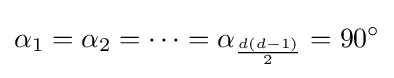
\alpha _{1}=\alpha _{2}=\dots =\alpha _{\frac {d(d-1)}{2}}=90^{\circ }